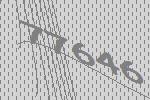
77646